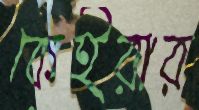
কেইরার